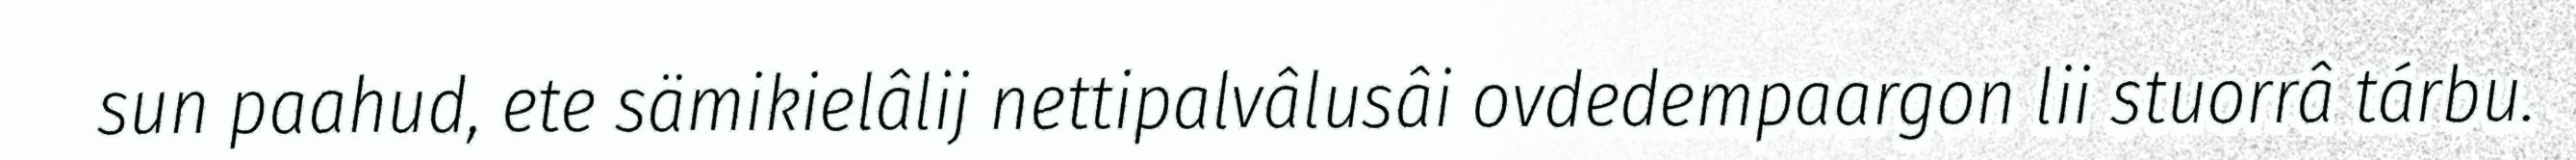
sun paahud, ete sämikielâlij nettipalvâlusâi ovdedempaargon lii stuorrâ tárbu.